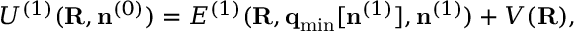
\begin{array} { r } { { \cal U } ^ { ( 1 ) } ( { \bf R } , { \bf n } ^ { ( 0 ) } ) = { \cal E } ^ { ( 1 ) } ( { \bf R } , { \bf q } _ { \mathrm { m i n } } [ { \bf n } ^ { ( 1 ) } ] , { \bf n } ^ { ( 1 ) } ) + V ( { \bf R } ) , } \end{array}